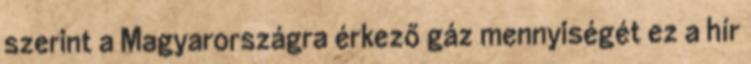
szerint a Magyarországra érkező gáz mennyiségét ez a hír